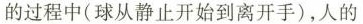
的过程中(球从静止开始到离开手)，人的